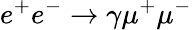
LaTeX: e^{+}e^{-}\to\gamma\mu^{+}\mu^{-}